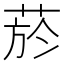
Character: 菸